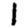
Digit: 1